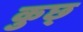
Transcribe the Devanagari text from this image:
कुछ्‍